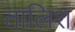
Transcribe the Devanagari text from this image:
तालिश